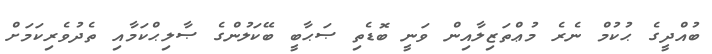
ބުއްދީގެ ޙުކުމް ނެރެ މުޢްތަޒިލާއިން ވަނީ ބޮޑެތި ޞަޙާބީ ބޭކަލުންގެ ޞާލިޙްކަމާއި ތެދުވެރިކަމަށް